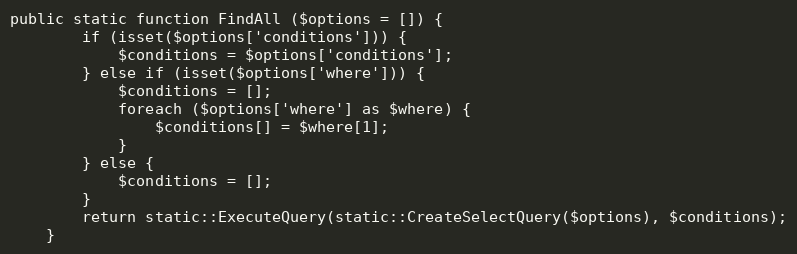
Language: PHP
public static function FindAll ($options = []) {
		if (isset($options['conditions'])) {
			$conditions = $options['conditions'];
		} else if (isset($options['where'])) {
			$conditions = [];
			foreach ($options['where'] as $where) {
				$conditions[] = $where[1];
			}
		} else {
			$conditions = [];
		}
		return static::ExecuteQuery(static::CreateSelectQuery($options), $conditions);
	}